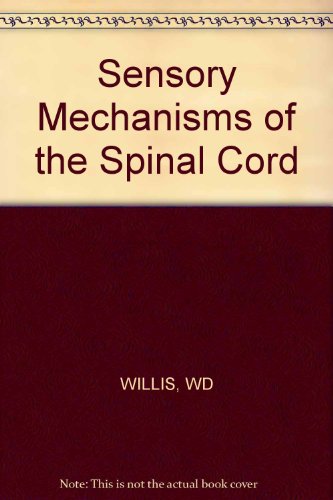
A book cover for Sensory Mechanisms of the Spinal Cord; William Darrell Willis; Health, Fitness & Dieting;